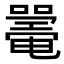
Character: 𡁥